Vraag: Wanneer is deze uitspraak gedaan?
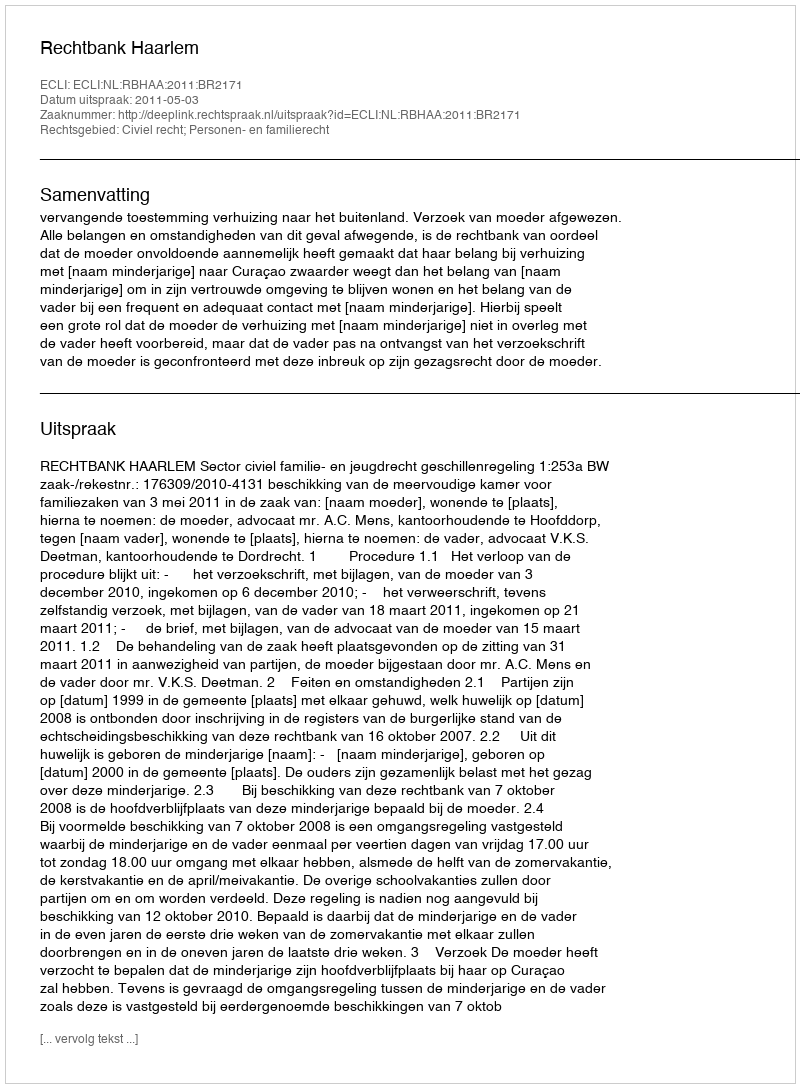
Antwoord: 2011-05-03